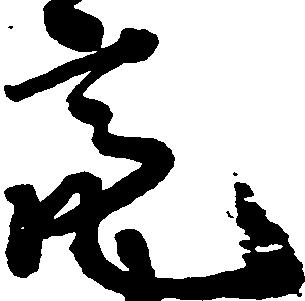
亮